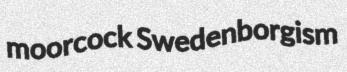
moorcock Swedenborgism